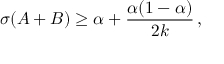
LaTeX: \sigma ( A + B ) \geq \alpha + { \frac { \alpha ( 1 - \alpha ) } { 2 k } } \, ,